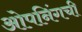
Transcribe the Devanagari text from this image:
ओपनिंगची